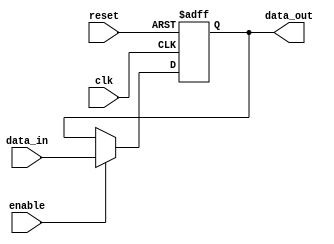
module parameterized_register #(
    parameter WIDTH = 8  // Parameter to define the width of the register
)(
    input wire clk,          // Clock signal
    input wire reset,        // Asynchronous reset signal
    input wire [WIDTH-1:0] data_in, // Input data signal
    input wire enable,       // Control signal to load data
    output reg [WIDTH-1:0] data_out // Output data signal
);

    // Always block triggered on the rising edge of the clock
    always @(posedge clk or posedge reset) begin
        if (reset) begin
            // If reset is asserted, initialize the register to zero
            data_out <= {WIDTH{1'b0}}; // Set all bits to 0
        end else if (enable) begin
            // If enable is asserted, load the input data into the register
            data_out <= data_in;
        end
        // If reset is not asserted and enable is not asserted,
        // retain the previous value of data_out
    end

endmodule